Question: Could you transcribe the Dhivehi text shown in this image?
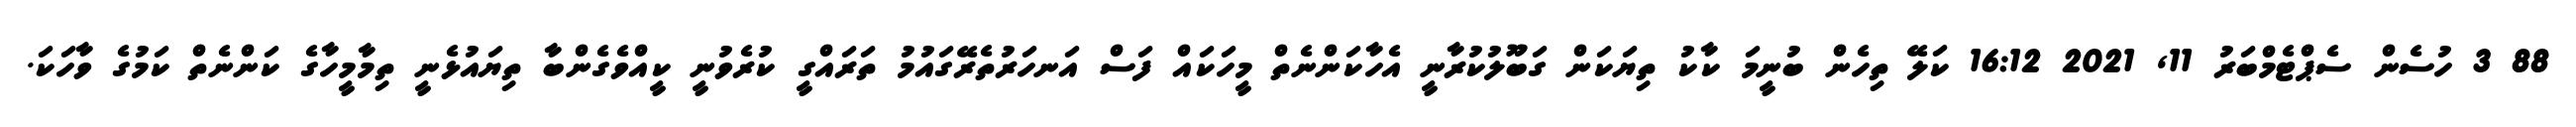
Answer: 88 3 ހުސެން ސެޕްޓެމްބަރު 11, 2021 16:12 ކަލޭ ތިހެން ބުނީމަ ކާކު ތިޔަކަން ގަބޫލުކުރާނީ އެހާކަންނެތް މީހަކައް ފަސް އަނހަރުތެރޭގައުމު ތަރައްގީ ކުރެވުނީ ކީއްވެގެންބާ ތިޔައުޅެނީ ތިމާމީހާގެ ކަންނެތް ކަމުގެ ވާހަކަ.